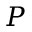
P